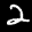
Label: 2